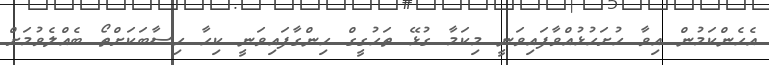
އެހެންކަމުން އިވާ ހުށަހުޅުއްވާފައިވަނީ މިކަމާ ގުޅޭ ތަހުގީގް ހިންގާފައިވަނީ ކިހާ ހިސާބަކަށްތޯ ބެއްލެވުމަށް